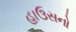
હાઉસનો